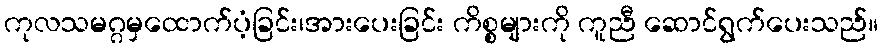
ကုလသမဂ္ဂမှထောက်ပံ့ခြင်း၊အားပေးခြင်း ကိစ္စများကို ကူညီ ဆောင်ရွက်ပေးသည်။